255_413270_UFO's_and_Defense_What_Should_we_Prepare_For
Agency: NASA
Page 19
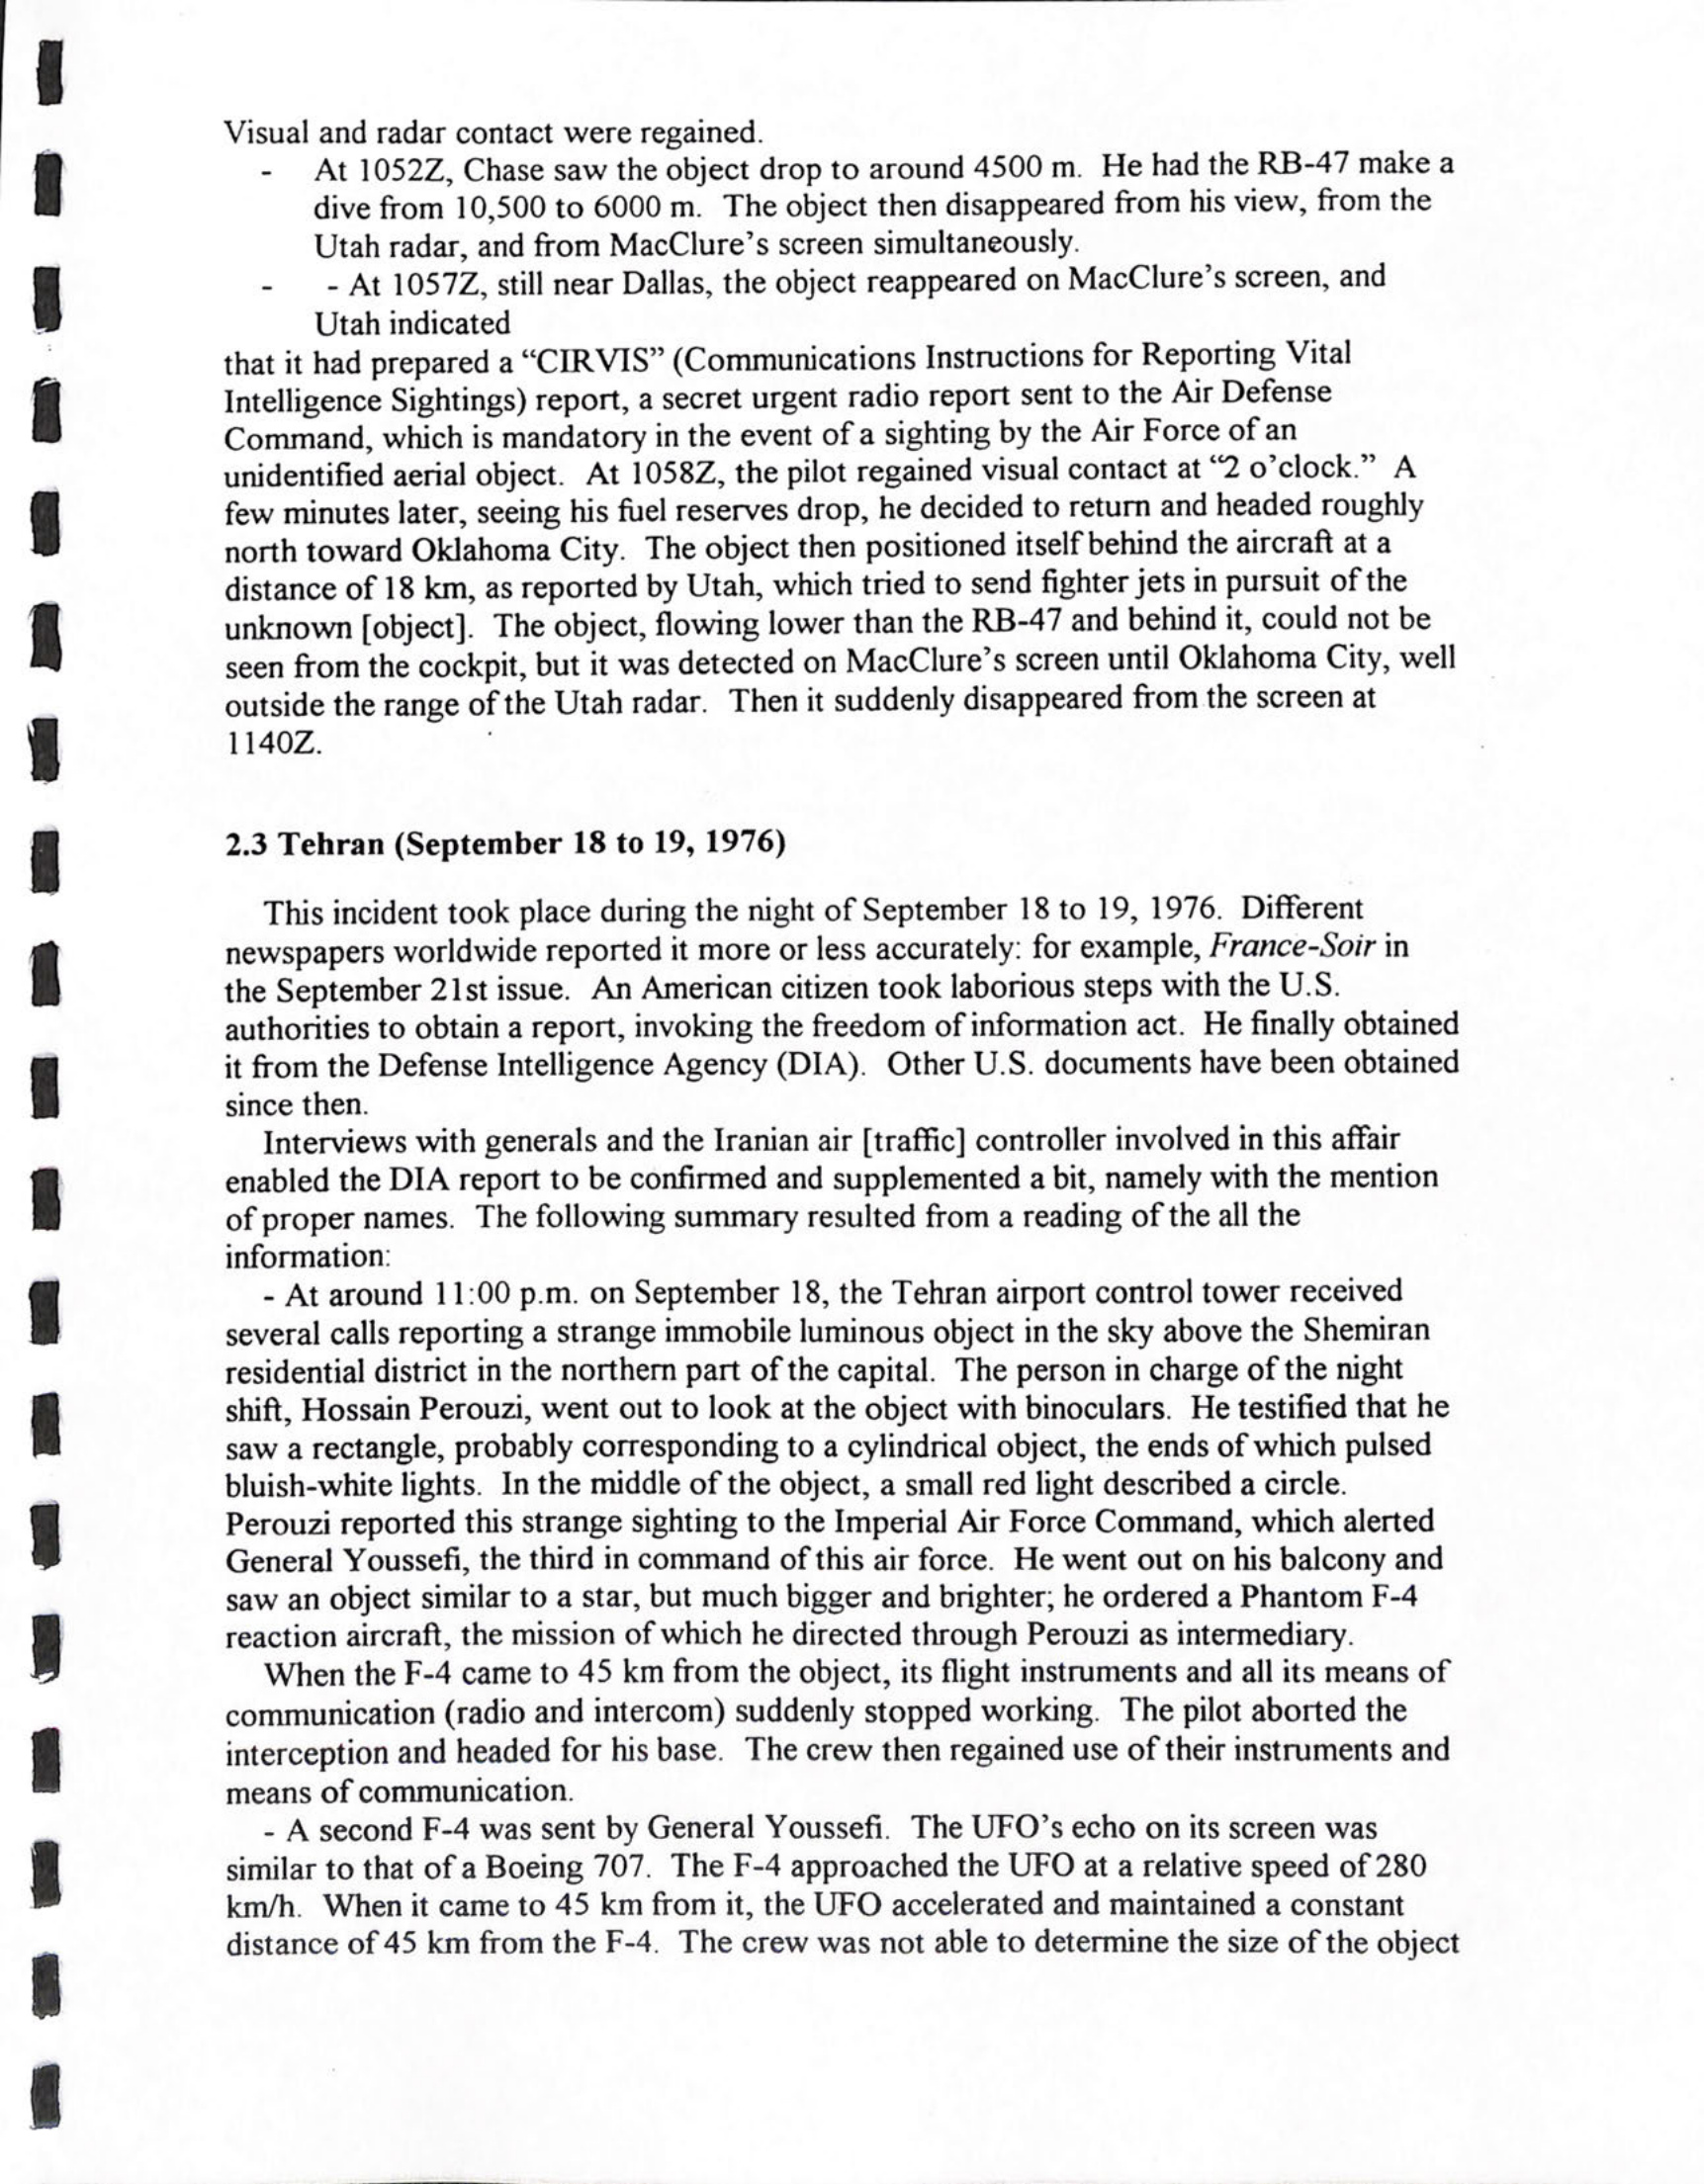